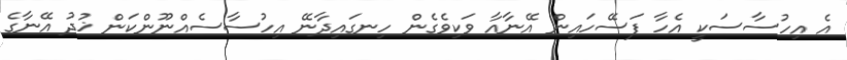
އެ އިހުސާސަކީ އެހާ ފަސޭހައިން އޭނާއާ ވަކިވެގެން ހިނގައިދާނޭ އިހުސާސެއްނޫންކަން ޚުދު އޭނާގެ